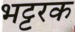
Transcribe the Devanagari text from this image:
भट्टरक